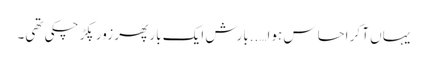
یہاں آ کر احساس ہوا…..بارش ایک بار پھر زور پکڑ چکی تھی۔